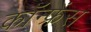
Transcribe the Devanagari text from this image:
कॉन्‍फ्रेंस